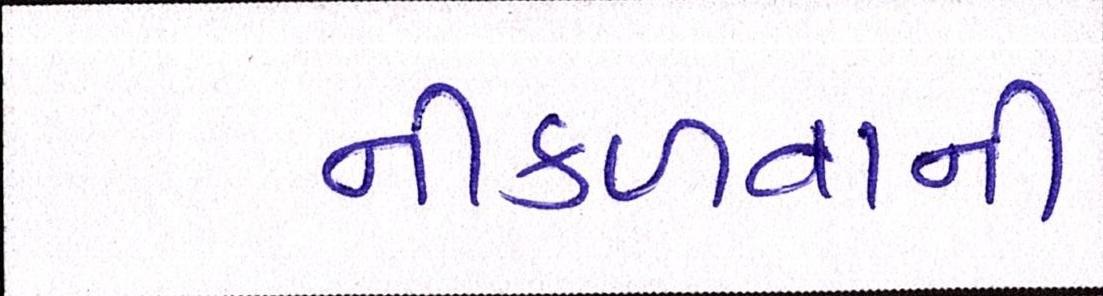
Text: નીકળવાની